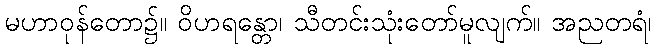
မဟာဝုန်တော၌။ ဝိဟရန္တော၊ သီတင်းသုံးတော်မူလျက်။ အညတရံ၊